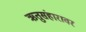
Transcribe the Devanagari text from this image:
ऋतुसंहारावर